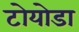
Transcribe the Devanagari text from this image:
टोयोडा